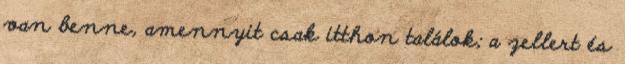
van benne, amennyit csak itthon találok; a zellert és